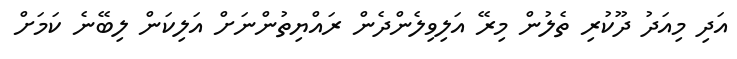
އަދި މިއަދު ދޫކުރި ތެލުން މިރޭ އަލިވިލެންދެން ރައްޔިތުންނަށް އަލިކަން ލިބޭނެ ކަމަށް